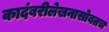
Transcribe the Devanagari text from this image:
कादंबरीलेखनासोबतच